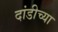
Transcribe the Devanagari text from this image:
दांडीच्या